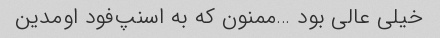
خیلی عالی بود …ممنون که به اسنپ‌فود اومدین